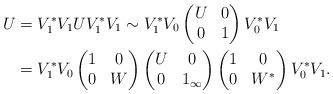
LaTeX: \begin{align*}U&=V_1^*V_1 U V_1^*V_1 \sim V_1^* V_0 \begin{pmatrix} U & 0 \\ 0 & 1 \end{pmatrix} V_0^*V_1\\&= V_1^*V_0 \begin{pmatrix}1 & 0 \\ 0 & W \end{pmatrix} \begin{pmatrix} U & 0 \\ 0 & 1_{\infty} \end{pmatrix} \begin{pmatrix}1 & 0 \\ 0 & W^* \end{pmatrix}V_0^*V_1. \end{align*}